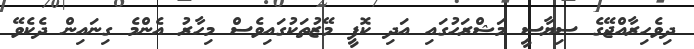
ދިވެހިރާއްޖޭގެ ސިޔާސީ މަޝްރަހުގައި އަދި ކޮފީ މޭޒުތަކުގައިވެސް މިހާރު އެންމެ ގިނައިން ދެކެވޭ